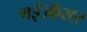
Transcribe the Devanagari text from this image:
गई।कैंसर